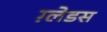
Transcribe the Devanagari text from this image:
ग़्लेडस